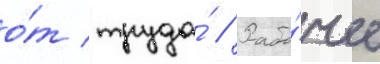
о́т труда́ // Рабо́чее